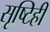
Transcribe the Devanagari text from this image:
सृष्टिही